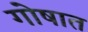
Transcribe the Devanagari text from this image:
गोषात